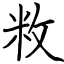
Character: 敉